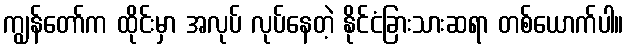
ကျွန်တော်က ထိုင်းမှာ အလုပ် လုပ်နေတဲ့ နိုင်ငံခြားသားဆရာ တစ်ယောက်ပါ။